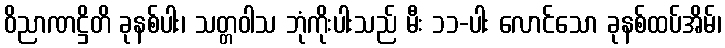
ဝိညာဏဋ္ဌိတိ ခုနစ်ပါး၊ သတ္တဝါသ ဘုံကိုးပါးသည် မီး ၁၁-ပါး လောင်သော ခုနစ်ထပ်အိမ်၊